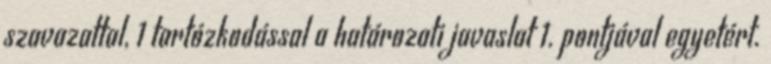
szavazattal, 1 tartózkodással a határozati javaslat 1. pontjával egyetért.